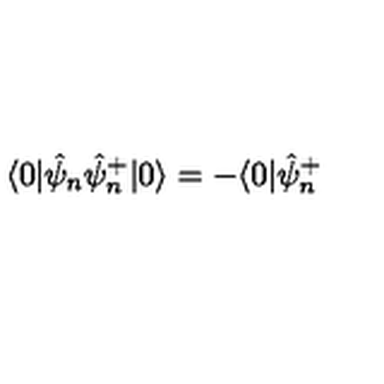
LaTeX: \langle 0 | \hat { \psi } _ { n } \hat { \psi } _ { n } ^ { + } | 0 \rangle = - \langle 0 | \hat { \psi } _ { n } ^ { + }